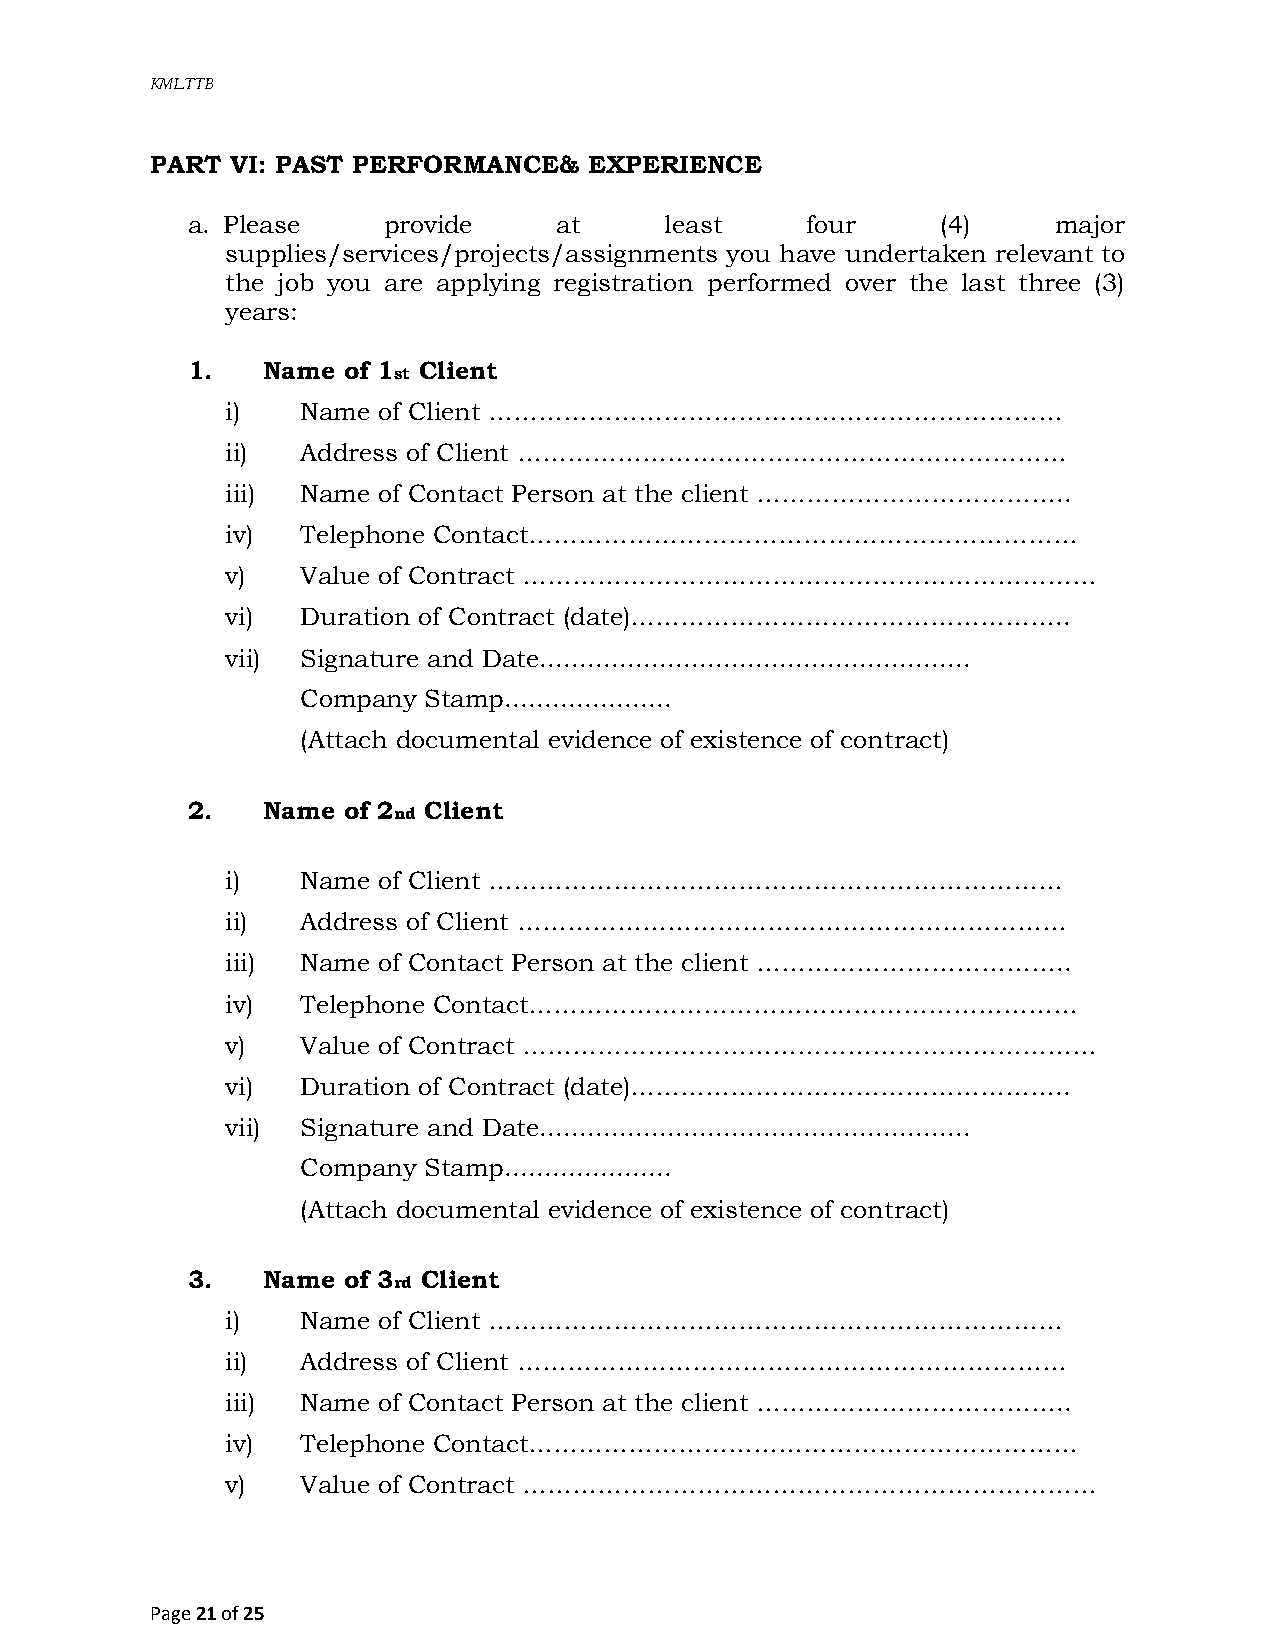
KMLTTB
 PART VI: PAST PERFORMANCE&   EXPERIENCE
 a. Please    provide     at     least    four     (4)     major
 supplies/services/projects/assignments you have undertaken relevant to
 the job you are applying registration performed over the last three (3)
 years:
 1.   Name  of 1 Client
 st
 i)   Name of Client ……………………………………………………………
 ii)  Address of Client …………………………………………………………
 iii) Name of Contact Person at the client ………………………………..
 iv)  Telephone Contact…………………………………………………………
 v)   Value of Contract ……………………………………………………………
 vi)  Duration of Contract (date)……………………………………………..
 vii) Signature and Date......................................................
 Company Stamp.....................
 (Attach documental evidence of existence of contract)
 2.   Name  of 2 Client
 nd
 i)   Name of Client ……………………………………………………………
 ii)  Address of Client …………………………………………………………
 iii) Name of Contact Person at the client ………………………………..
 iv)  Telephone Contact…………………………………………………………
 v)   Value of Contract ……………………………………………………………
 vi)  Duration of Contract (date)……………………………………………..
 vii) Signature and Date......................................................
 Company Stamp.....................
 (Attach documental evidence of existence of contract)
 3.   Name  of 3 Client
 rd
 i)   Name of Client ……………………………………………………………
 ii)  Address of Client …………………………………………………………
 iii) Name of Contact Person at the client ………………………………..
 iv)  Telephone Contact…………………………………………………………
 v)   Value of Contract ……………………………………………………………
 Page 21 of 25